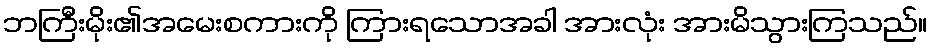
ဘကြီးမိုး၏အမေးစကားကို ကြားရသောအခါ အားလုံး အားမိသွားကြသည်။